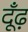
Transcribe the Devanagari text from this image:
दूँढ़